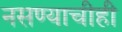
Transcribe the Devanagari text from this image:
नसण्याचीही